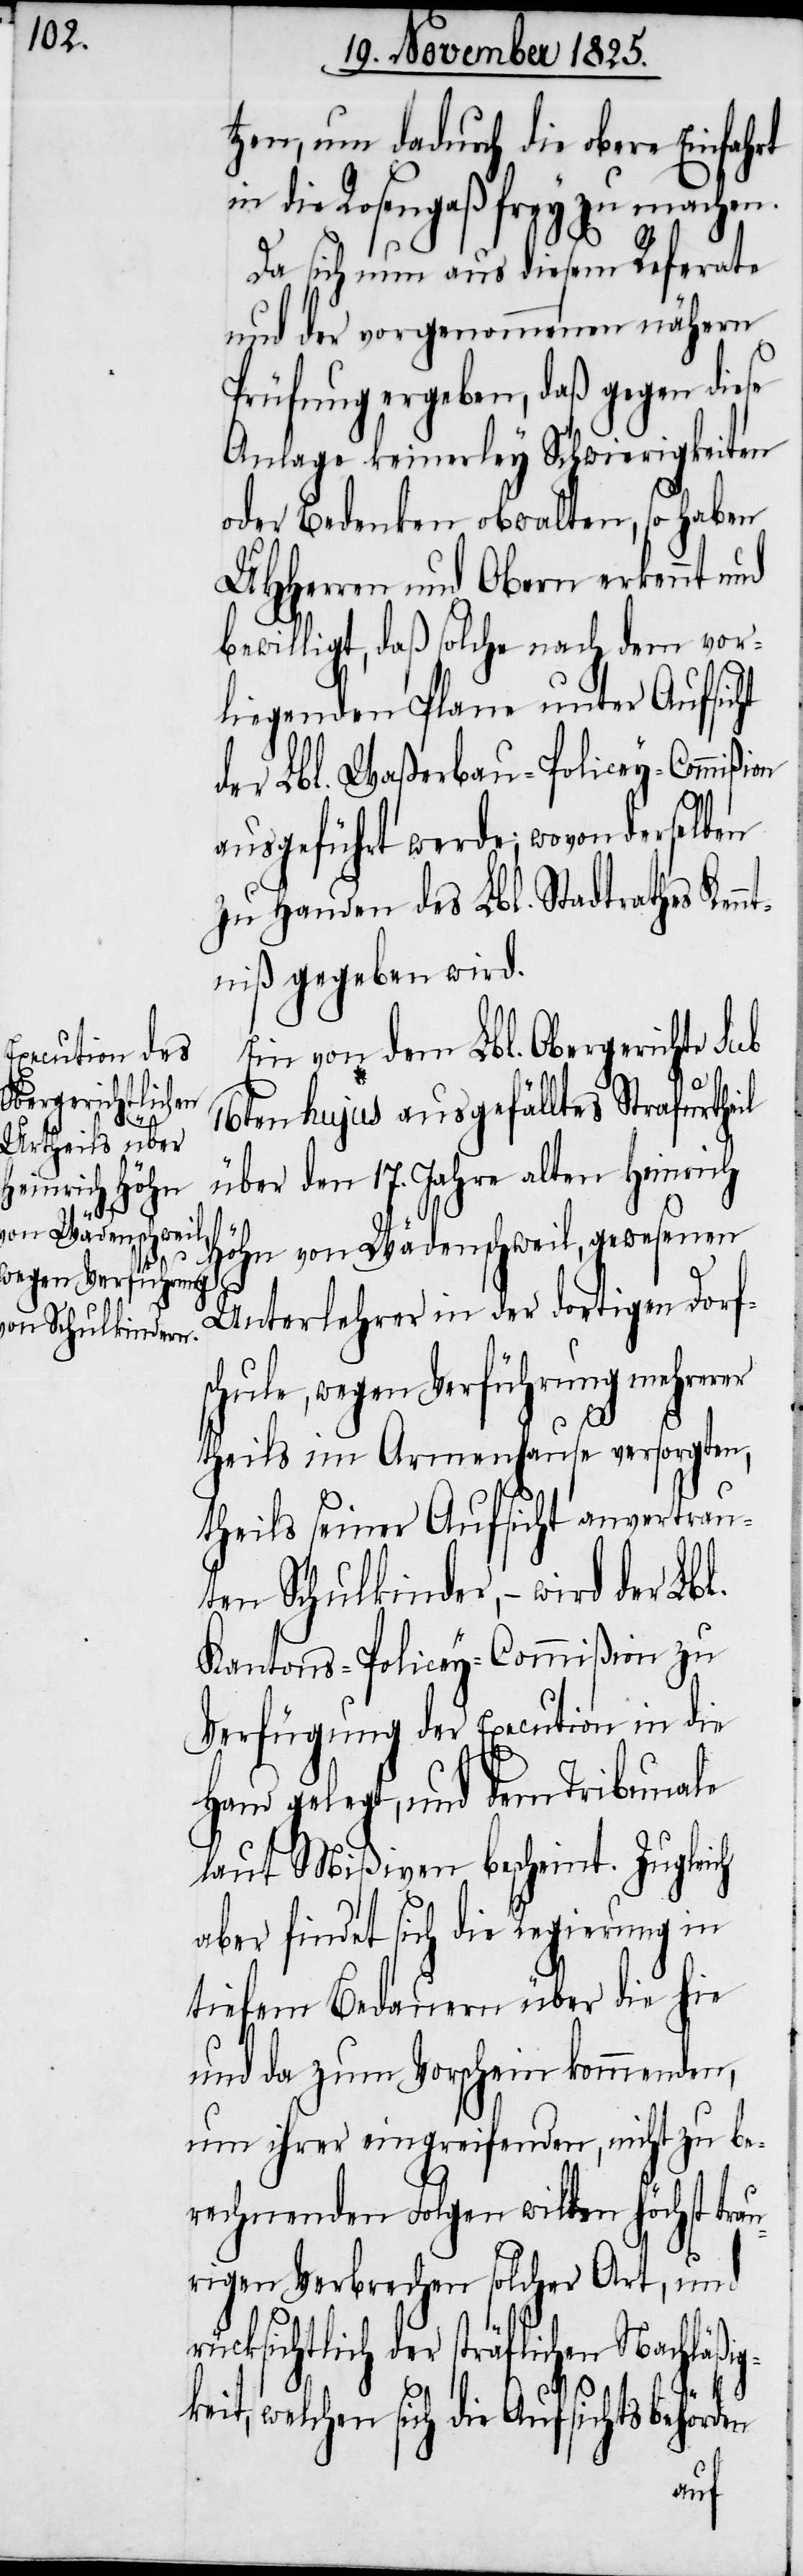
tzen, um dadurch die obere Einfahrt
in die Rosengaß frey zu machen.
Da sich nun aus diesem Referate
und der vorgenommenen nähern
Prüfung ergeben, daß gegen diese
Anlage keinerley Schwierigkeiten
oder Bedenken obwalten, so haben
UHHerren und Obern erkennt,
bewiligt, daß solche nach dem vor¬
liegenden Plane unter Aufsicht
der Lbl. Waßerbau-Policey-Commißion
ausgeführt werde; wovon derselben
zu Handen des Lbl. Stadtrathes Ken¬
ntniß gegeben wird.
Ein von dem Lbl. Obergerichte sub
16ten hujus ausgefälltes Strafurtheil
über den 17. Jahre alten Heinrich
ig¬
Höhn von Wädenschweil, gewesenen
Unterlehrer in der dortigen Dorfs¬
chule, wegen Verführung mehrerer
theils im Armenhause versorgten,
theils seiner Aufsicht anvertrau¬
ten Schulkinder, – wird der Lbl.
Kantons-Policey-Commißion zu
Verfügung der Execution in die
Hand gelegt, und dem Tribunale
laut Mißiven bescheint. Zugleich
aber findet sich die Regierung in
tiefem Bedauern über die hie
und da zum Vorschein kommenden,
um ihrer eingreifenden, nicht zu be¬
rechnenden Folgen willen höchst tr¬
rigen Verbrechen solcher Art, und
der sträflichen Nachläß¬
keit, welchen sich die Aufsichtsbehörden
au¬